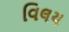
વિલય